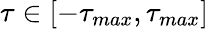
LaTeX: \tau\in[-\tau_{max},\tau_{max}]